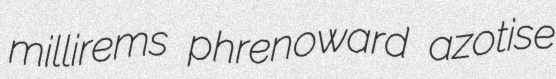
millirems phrenoward azotise